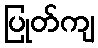
ပြုတ်ကျ